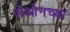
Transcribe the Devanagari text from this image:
लेओनच्या